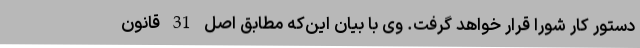
دستور کار شورا قرار خواهد گرفت. وی با بیان این‌که مطابق اصل 31 قانون